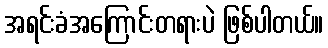
အရင်းခံအကြောင်းတရားပဲ ဖြစ်ပါတယ်။